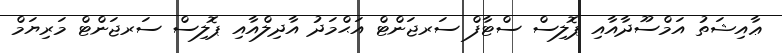
ޢާއިޝަތު އަމްސޫދާއާއި ޕޮލިސް ސްޓާފް ސަރޖަންޓް އަޙްމަދު އާދިލްއާއި ޕޮލިސް ސަރޖަންޓް މަރިޔަމް